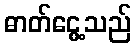
ဓာတ်ငွေ့သည်